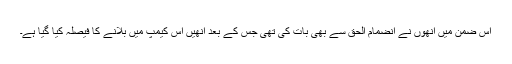
اس ضمن میں انھوں نے انضمام الحق سے بھی بات کی تھی جس کے بعد انھیں اس کیمپ میں بلانے کا فیصلہ کیا گیا ہے۔